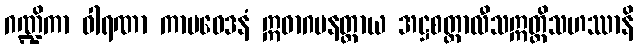
ဂဏ္ဍိကာ ဝါရဏာ ကာမဝေဒနံ ဣဓာဂမနတ္ထာယ အဋ္ဌစတ္တာလီသဣတ္ထိသဟဿာနိ